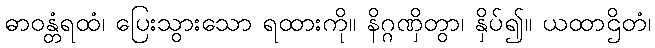
ဓာဝန္တံရထံ၊ ပြေးသွားသော ရထားကို။ နိဂ္ဂဏှိတွာ၊ နှိပ်၍။ ယထာဌိတံ၊